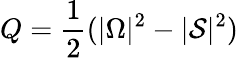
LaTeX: Q=\frac{1}{2}(\lvert\Omega\rvert^{2}-\lvert\mathcal{S}\rvert^{2})